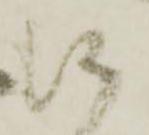
に